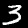
Label: 3